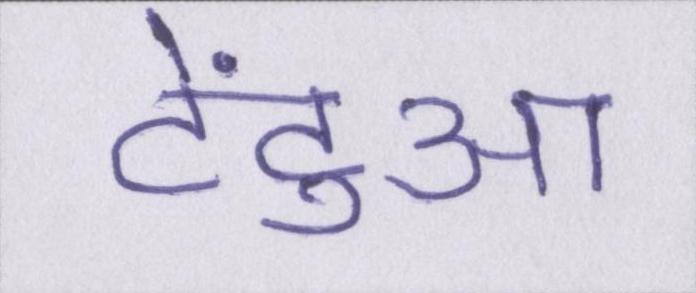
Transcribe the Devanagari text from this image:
टेंटुआ